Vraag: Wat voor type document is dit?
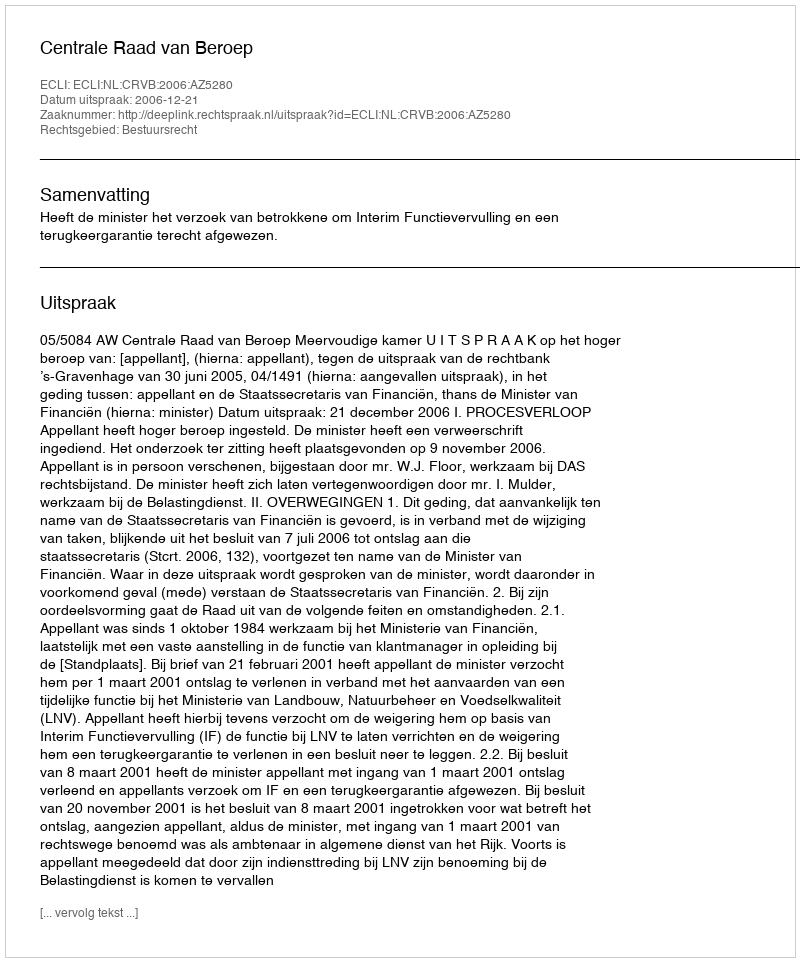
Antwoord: Uitspraak